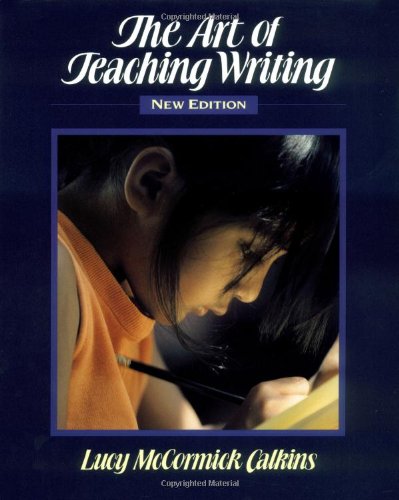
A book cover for The Art of Teaching Writing; Lucy McCormick Calkins; Reference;